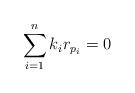
LaTeX: \begin{align*} \sum_{i=1}^nk_ir_{p_i}=0 \end{align*}